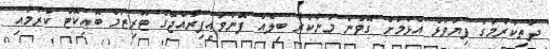
ދަަތިކުރުމުގެ ފިޔަވަޅު އެޅުމަށް ގޮވުން މަނާކުރާ ބިލެއް ފޮނުވައިފިރާއްޖޭގެ ޓޫރިޒަމް ބޮއިކޮޓް ކުރުމާއި